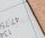
أتدرب